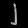
Digit: ၂